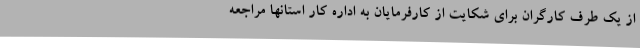
از یک طرف کارگران برای شکایت از کارفرمایان به اداره کار استانها مراجعه